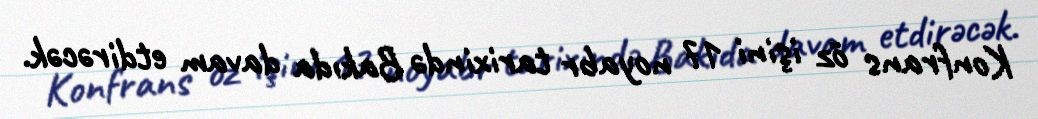
Konfrans öz işini 17 noyabr tarixində Bakıda davam etdirəcək.